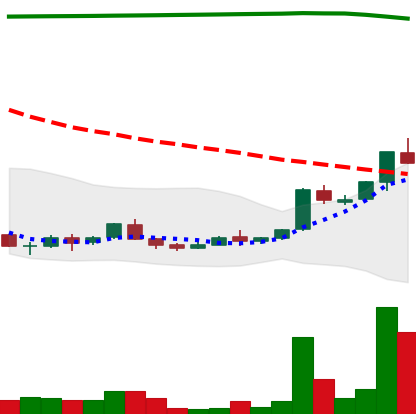
Ticker: ADA-USD
Chart end date: 2018-04-17
Forward return: 17.155%
Label: up_7plus